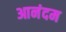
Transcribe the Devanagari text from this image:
आनंदम